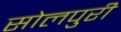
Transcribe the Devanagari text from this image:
सोलपुरी